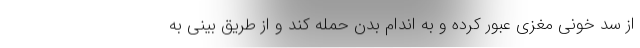
از سد خونی مغزی عبور کرده و به اندام بدن حمله کند و از طریق بینی به